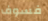
فسوف